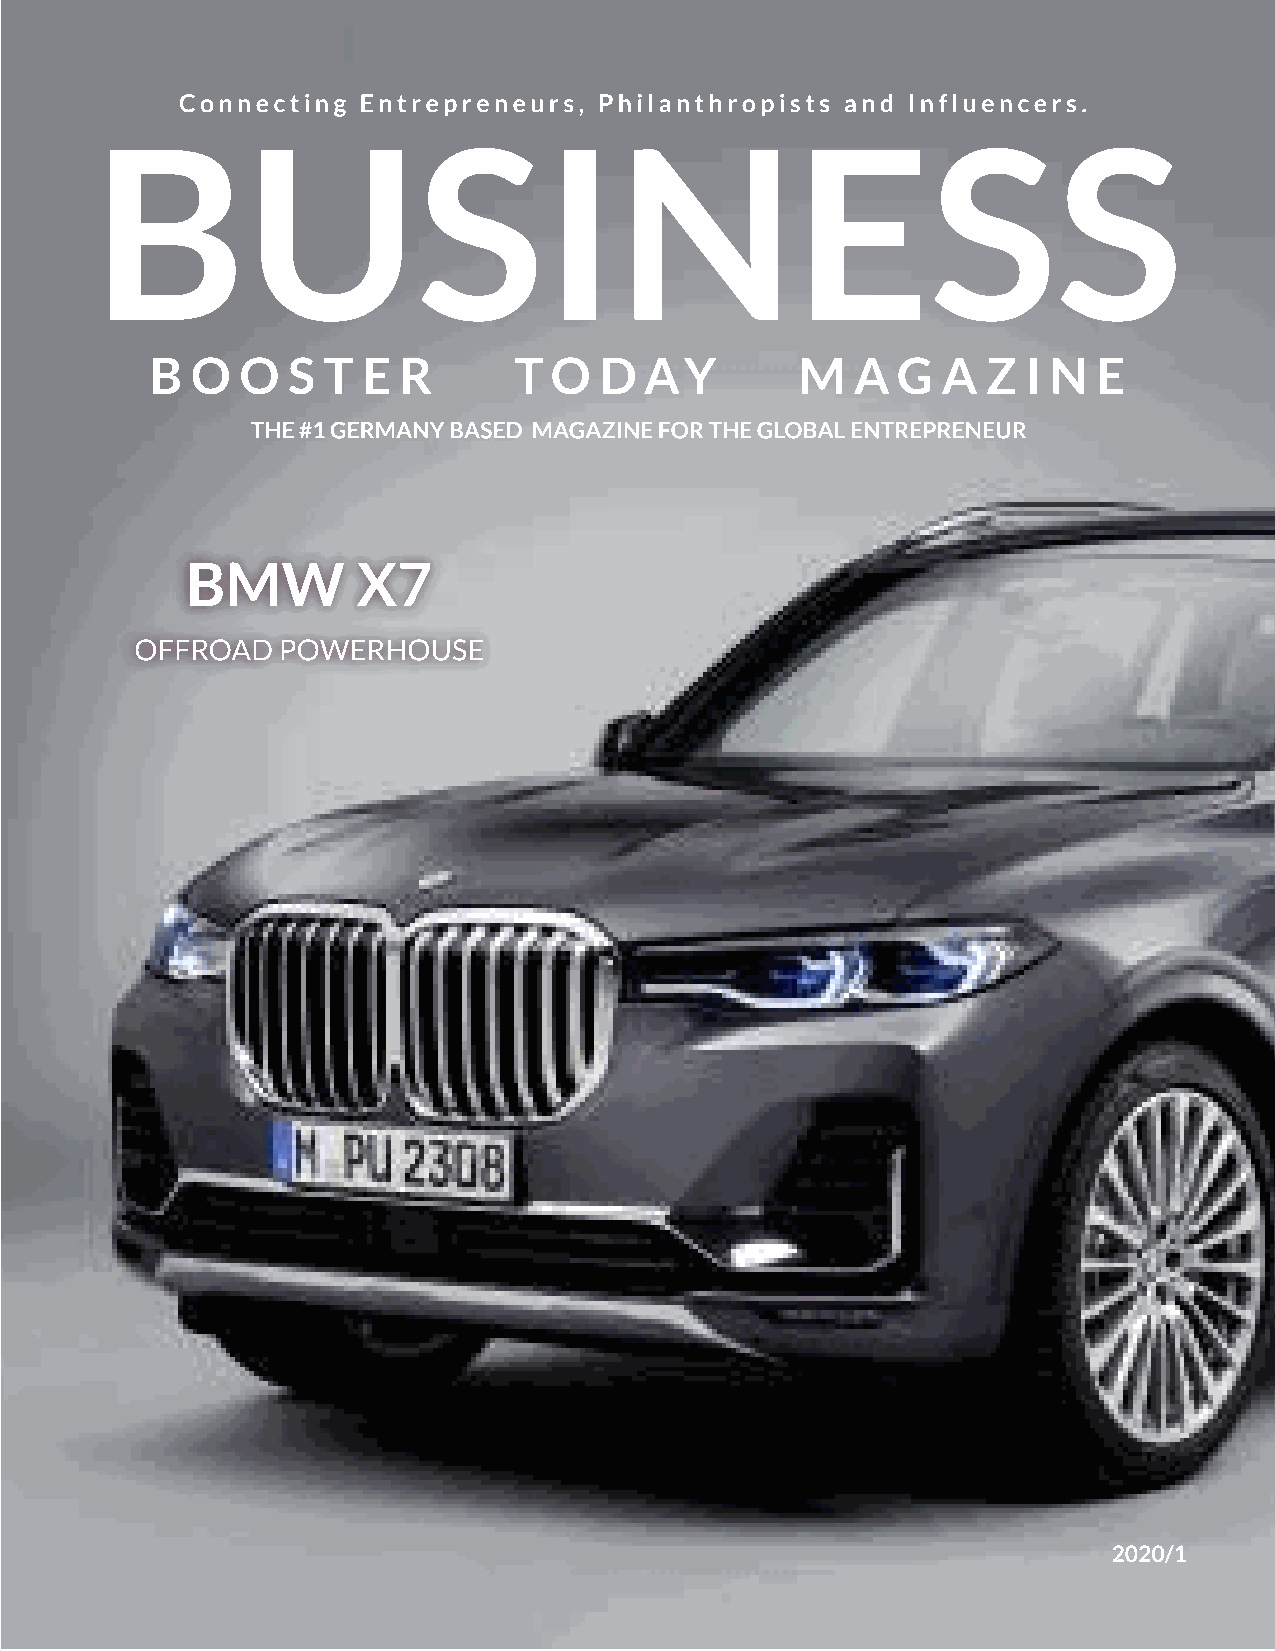
Connect ing Ent repreneurs, Philant hropist s and Influencers.
 BUSI                               N           ESS
 B  O  O  ST   ER        TO    D  A Y       M   A GA    Z  I N  E
 THE #1 GERMANY BASED MAGAZINE FOR THE GLOBAL ENTREPRENEUR
 BMW         X7
 OFFROAD  POWERHOUSE
 2020/1